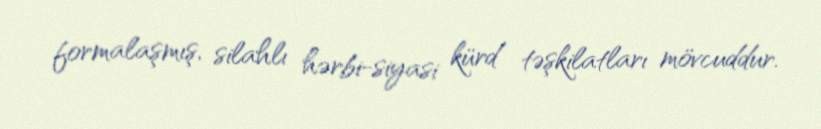
formalaşmış, silahlı hərbi-siyasi kürd təşkilatları mövcuddur.